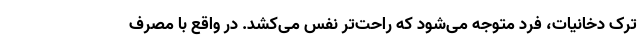
ترک دخانیات، فرد متوجه می‌شود که راحت‌تر نفس می‌کشد. در واقع با مصرف